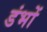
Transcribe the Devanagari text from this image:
डंभों